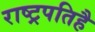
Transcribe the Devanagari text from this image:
राष्ट्रपतिहै